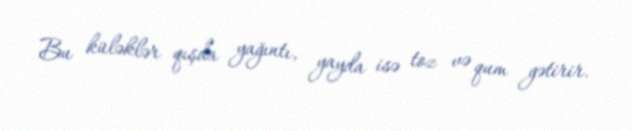
Bu küləklər qışda yağıntı, yayda isə toz və qum gətirir.